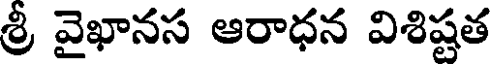
శ్రీ వైఖానస ఆరాధన విశిష్టత